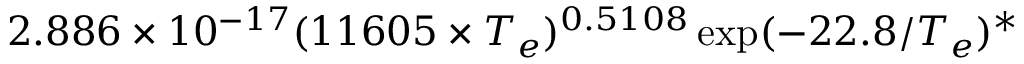
2 . 8 8 6 \times 1 0 ^ { - 1 7 } ( 1 1 6 0 5 \times T _ { e } ) ^ { 0 . 5 1 0 8 } \exp ( { - 2 2 . 8 / T _ { e } } ) ^ { * }